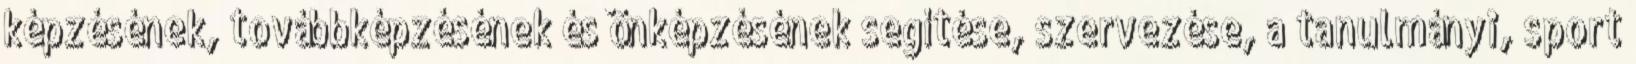
képzésének, továbbképzésének és önképzésének segítése, szervezése, a tanulmányi, sport